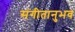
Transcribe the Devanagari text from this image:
संगीतानुभव